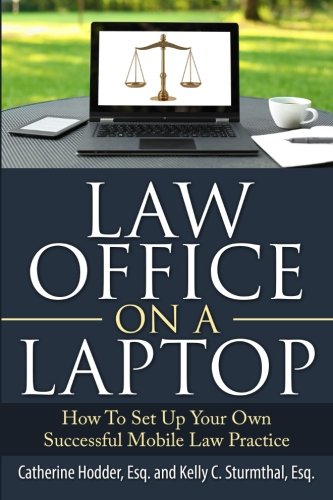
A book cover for Law Office On A Laptop: How to Set Up Your Own Successful Mobile Law Practice; Catherine Hodder Esq.; Law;